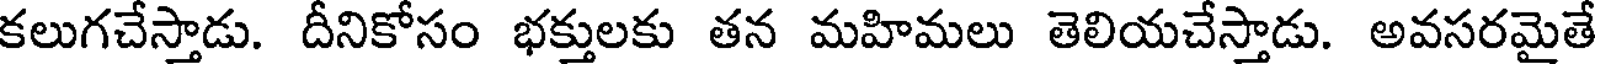
కలుగచేస్తాడు. దీనికోసం భక్తులకు తన మహిమలు తెలియచేస్తాడు. అవసరమైతే